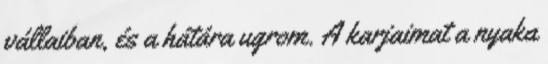
vállaiban, és a hátára ugrom. A karjaimat a nyaka